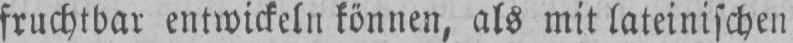
fruchtbar entwickeln können, als mit lateinischen